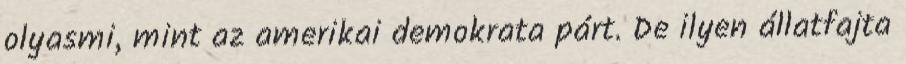
olyasmi, mint az amerikai demokrata párt. De ilyen állatfajta